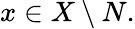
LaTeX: {x\in X\setminus N}.